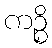
ကဉ္စိ